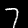
Label: 7